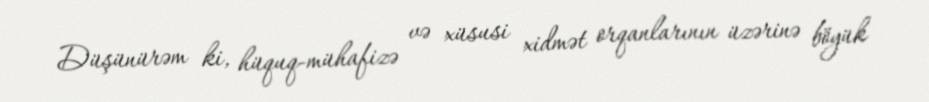
Düşünürəm ki, hüquq-mühafizə və xüsusi xidmət orqanlarının üzərinə böyük